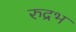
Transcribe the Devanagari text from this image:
रुद्रभ